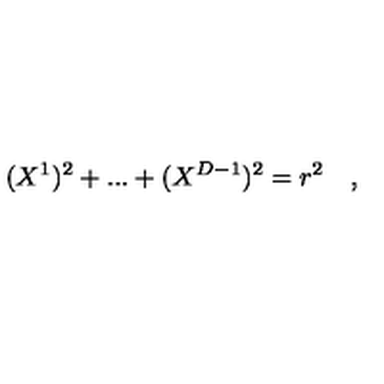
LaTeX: ( X ^ { 1 } ) ^ { 2 } + . . . + ( X ^ { D - 1 } ) ^ { 2 } = r ^ { 2 } \quad ,